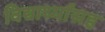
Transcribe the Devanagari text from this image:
विद्यार्थ्यांसह